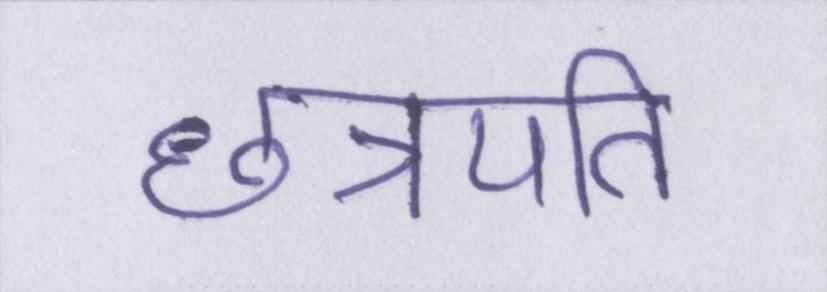
छत्रपति